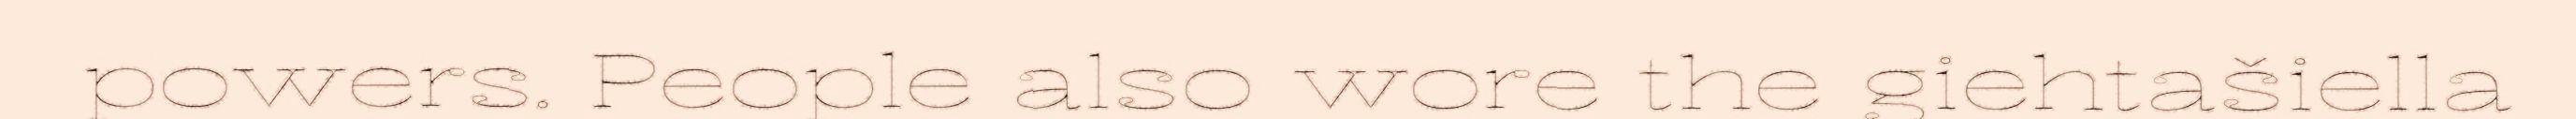
powers. People also wore the giehtašiella